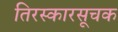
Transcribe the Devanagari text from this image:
तिरस्कारसूचक